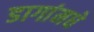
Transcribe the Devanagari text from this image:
डागांमधे